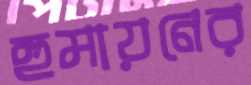
হুমায়নের